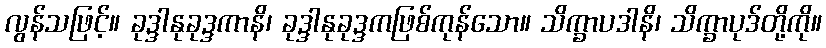
လွန်သဖြင့်။ ခုဒ္ဒါနုခုဒ္ဒကာနိ၊ ခုဒ္ဒါနုခုဒ္ဒကဖြစ်ကုန်သော။ သိက္ခာပဒါနိ၊ သိက္ခာပုဒ်တို့ကို။